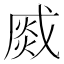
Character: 𤋆